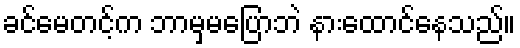
ခင်မေတင့်က ဘာမှမပြောဘဲ နားထောင်နေသည်။